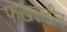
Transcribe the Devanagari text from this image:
फखरूद्दीन